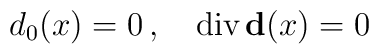
d_{0}(x)=0\, ,\quad \mbox{div}\,{\bf d}(x) = 0